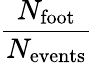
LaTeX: \frac{N_{\mathrm{foot}}}{N_{\mathrm{events}}}